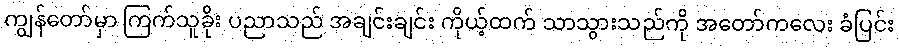
ကျွန်တော်မှာ ကြက်သူခိုး ပညာသည် အချင်းချင်း ကိုယ့်ထက် သာသွားသည်ကို အတော်ကလေး ခံပြင်း